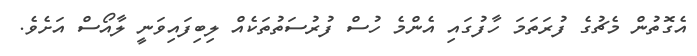
އެގޮތުން މެޗުގެ ފުރަތަމަ ހާފުގައި އެންމެ ހުސް ފުރުސަތުތަކެއް ލިބިފައިވަނީ ލާއޯސް އަށެވެ.